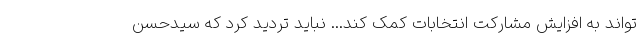
‌تواند به افزایش مشارکت انتخابات کمک کند... نباید تردید کرد که سیدحسن